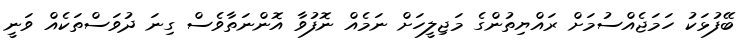
ބޭފުޅަކު ހަމަޖެއްސުމަށް ރައްޔިތުންގެ މަޖިލީހަށް ނަމެއް ނޮފުވާ އޮންނަތާވެސް ގިނަ ދުވަސްތަކެއް ވަނީ